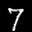
Label: 7